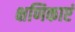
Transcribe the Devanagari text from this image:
क्षणिकाएं